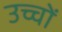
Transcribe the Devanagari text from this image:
उच्चों